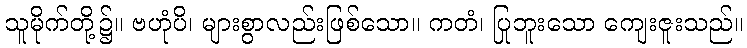
သူမိုက်တို့၌။ ဗဟုံပိ၊ များစွာလည်းဖြစ်သော။ ကတံ၊ ပြုဘူးသော ကျေးဇူးသည်။